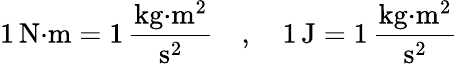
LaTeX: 1\, {\mathrm{N}}{\cdot}\mathrm{m}=1\, {\frac{{\mathrm{kg}}{\cdot}{\mathrm{m}}^{2}}{{\mathrm{s}}^{2}}}\quad,\quad 1\, \mathrm{J}=1\, {\frac{\mathrm{kg}{\cdot}\mathrm{m}^{2}}{\mathrm{s}^{2}}}